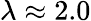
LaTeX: \lambda\approx 2.0